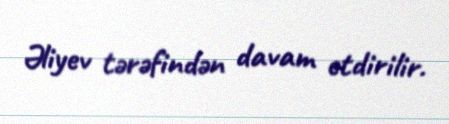
Əliyev tərəfindən davam etdirilir.